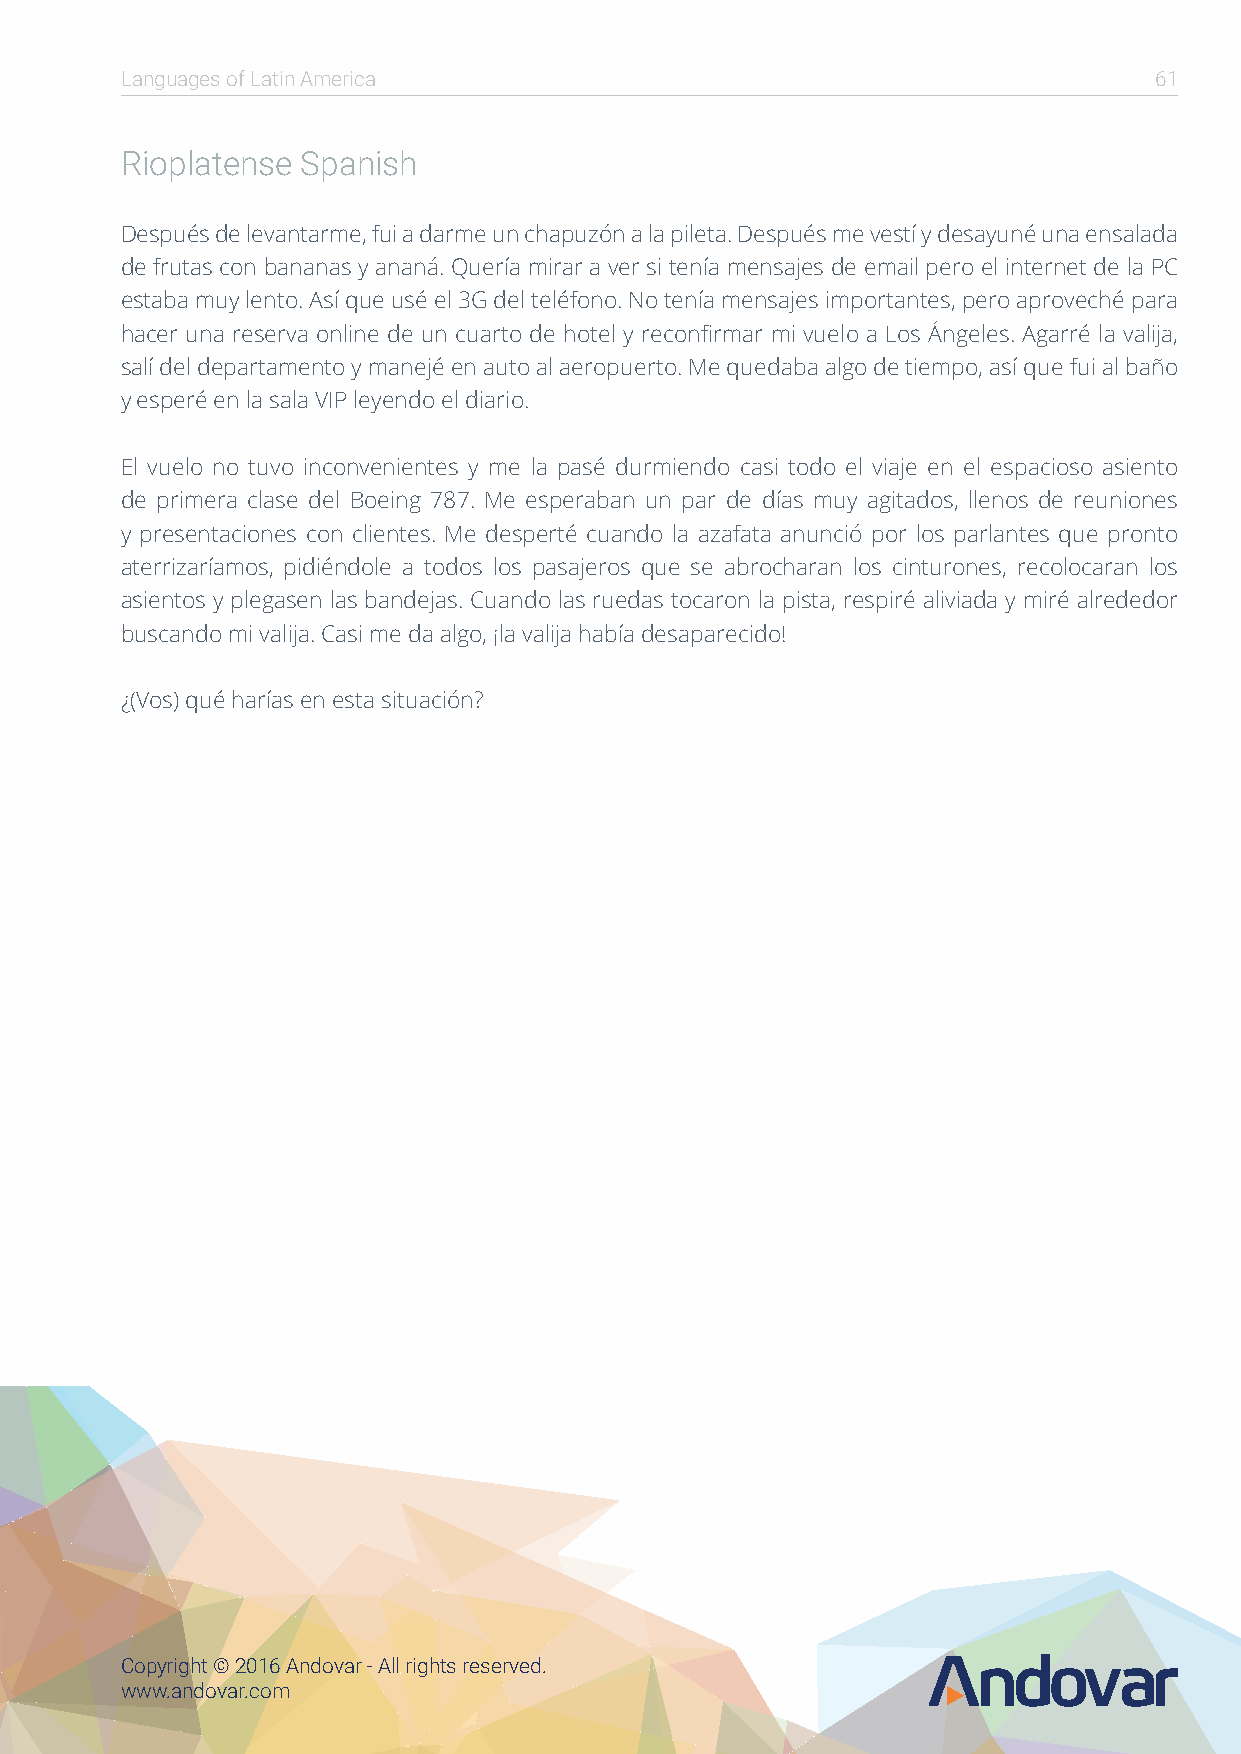
Languages of Latin America                                          61
 Rioplatense Spanish
 Después de levantarme, fui a darme un chapuzón a la pileta. Después me vestí y desayuné una ensalada
 de frutas con bananas y ananá. Quería mirar a ver si tenía mensajes de email pero el internet de la PC
 estaba muy lento. Así que usé el 3G del teléfono. No tenía mensajes importantes, pero aproveché para
 hacer una reserva online de un cuarto de hotel y reconfirmar mi vuelo a Los Ángeles. Agarré la valija,
 salí del departamento y manejé en auto al aeropuerto. Me quedaba algo de tiempo, así que fui al baño
 y esperé en la sala VIP leyendo el diario.
 El vuelo no tuvo inconvenientes y me la pasé durmiendo casi todo el viaje en el espacioso asiento
 de primera clase del Boeing 787. Me esperaban un par de días muy agitados, llenos de reuniones
 y presentaciones con clientes. Me desperté cuando la azafata anunció por los parlantes que pronto
 aterrizaríamos, pidiéndole a todos los pasajeros que se abrocharan los cinturones, recolocaran los
 asientos y plegasen las bandejas. Cuando las ruedas tocaron la pista, respiré aliviada y miré alrededor
 buscando mi valija. Casi me da algo, ¡la valija había desaparecido!
 ¿(Vos) qué harías en esta situación?
 Copyright © 2016 Andovar - All rights reserved.
 www.andovar.com